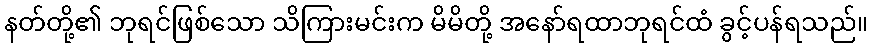
နတ်တို့၏ ဘုရင်ဖြစ်သော သိကြားမင်းက မိမိတို့ အနော်ရထာဘုရင်ထံ ခွင့်ပန်ရသည်။